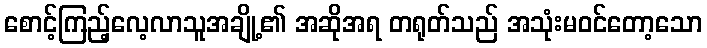
စောင့်ကြည့်လေ့လာသူအချို့၏ အဆိုအရ တရုတ်သည် အသုံးမဝင်တော့သော